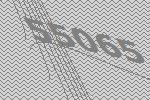
55065